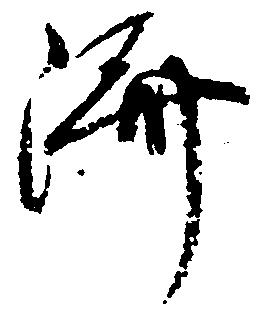
済